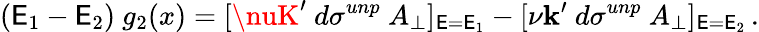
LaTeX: (\mathsf{E}_{1}-\mathsf{E}_{2})~g_{2}(x)=[\nuK^{\prime}~d\sigma^{unp}~A_{\perp}]_{\mathsf{E}=\mathsf{E}_{1}}-[\nu\mathbf{k}^{\prime}~d\sigma^{unp}~A_{\perp}]_{\mathsf{E}=\mathsf{E}_{2}}\, .